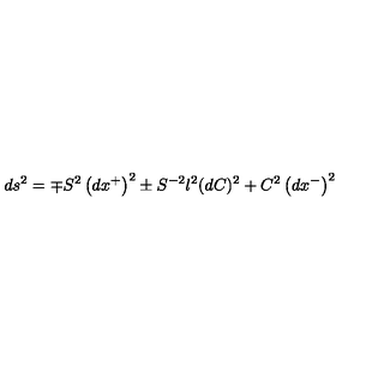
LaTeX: d s ^ { 2 } = \mp S ^ { 2 } \left( d x ^ { + } \right) ^ { 2 } \pm S ^ { - 2 } l ^ { 2 } ( d C ) ^ { 2 } + C ^ { 2 } \left( d x ^ { - } \right) ^ { 2 }